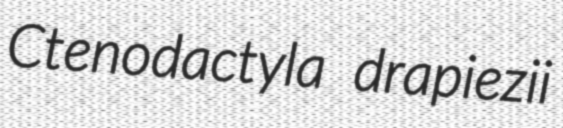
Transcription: Ctenodactyla drapiezii